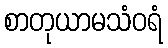
စာတုယာမသံဝရံ